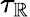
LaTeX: \tau_{\mathbb{R}}